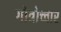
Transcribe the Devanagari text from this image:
गोत्रोच्चार